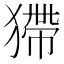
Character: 𤠹